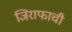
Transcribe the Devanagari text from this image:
जिराफाची